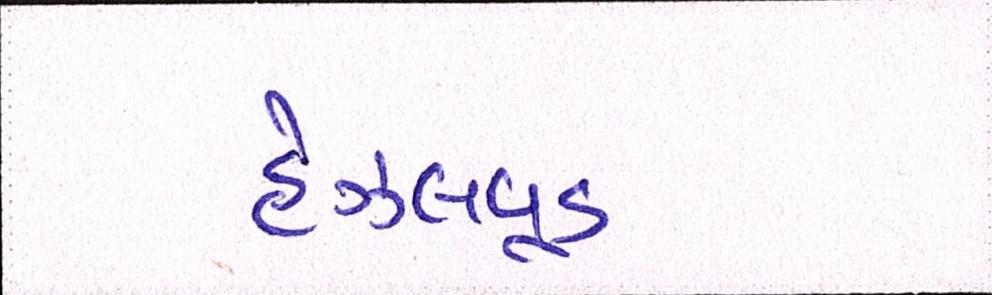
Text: હેઝલવૂડ